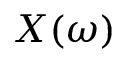
X ( \omega )